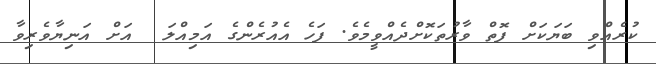
ކުރެއްވި ބަޔަކަށް ފޮތް ވާރުތަކޮށްދެއްވީމެވެ. ފަހެ އެއުރެންގެ އަމިއްލަ  އަށް އަނިޔާވެރިވާ